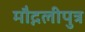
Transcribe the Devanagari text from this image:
मौद्गलीपुत्र